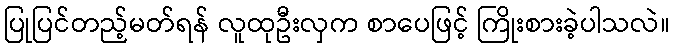
ပြုပြင်တည့်မတ်ရန် လူထုဦးလှက စာပေဖြင့် ကြိုးစားခဲ့ပါသလဲ။